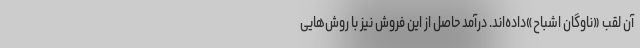
آن لقب «ناوگان اشباح»داده‌اند. درآمد حاصل از این فروش نیز با روش‌هایی